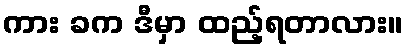
ကား ခက ဒီမှာ ထည့်ရတာလား။